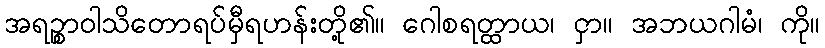
အရဉ္စာဝါသိတောရပ်မှီရဟန်းတို့၏။ ဂေါစရတ္ထာယ၊ ငှာ။ အဘယဂါမံ၊ ကို။